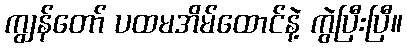
ကျွန်တော် ပထမအိမ်ထောင်နဲ့ ကွဲပြီးပြီ။